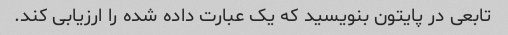
تابعی در پایتون بنویسید که یک عبارت داده شده را ارزیابی کند.